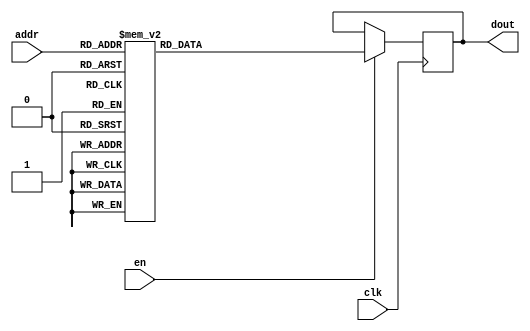
`timescale 1ns / 1ps
/*
Copyright
All right reserved.
Module Name: rom_syn
Author  : Zichuan Liu, Yixing Li and Wenye Liu.
Description:
A synthesized ROM: ROM_DEP x ROM_WID
*/
module EC_4_REF_SOFT_ROM_2(
// inputs
clk,
en,
addr,
// outputs
dout
);
localparam ROM_WID = 14;
localparam ROM_DEP = 128;
localparam ROM_ADDR = 7;
// input definition
input clk;
input en;
input [ROM_ADDR-1:0] addr;
// output definition
output [ROM_WID-1:0] dout;
reg [ROM_WID-1:0] data;
always @(posedge clk)
begin
if (en) begin
case(addr)
		7'd0: data <= 14'b01010101111011;
		7'd1: data <= 14'b01001010101001;
		7'd2: data <= 14'b01001011001110;
		7'd3: data <= 14'b01001011001111;
		7'd4: data <= 14'b01001001111000;
		7'd5: data <= 14'b01001011110101;
		7'd6: data <= 14'b01000110111001;
		7'd7: data <= 14'b01001001101011;
		7'd8: data <= 14'b01001011001111;
		7'd9: data <= 14'b01001001111010;
		7'd10: data <= 14'b01001011010110;
		7'd11: data <= 14'b01001011001101;
		7'd12: data <= 14'b01001010101000;
		7'd13: data <= 14'b01001001110100;
		7'd14: data <= 14'b01001010110111;
		7'd15: data <= 14'b01111111111111;
		7'd16: data <= 14'b01010011000101;
		7'd17: data <= 14'b01001000110111;
		7'd18: data <= 14'b01001011001011;
		7'd19: data <= 14'b01001001111010;
		7'd20: data <= 14'b01001100000000;
		7'd21: data <= 14'b01001011000010;
		7'd22: data <= 14'b01001010010010;
		7'd23: data <= 14'b01001000111000;
		7'd24: data <= 14'b01001010100100;
		7'd25: data <= 14'b01001001011000;
		7'd26: data <= 14'b01001010101111;
		7'd27: data <= 14'b01001011110110;
		7'd28: data <= 14'b01001001100110;
		7'd29: data <= 14'b01001100011010;
		7'd30: data <= 14'b01001010000001;
		7'd31: data <= 14'b01001100100111;
		7'd32: data <= 14'b01001011011010;
		7'd33: data <= 14'b01001010100101;
		7'd34: data <= 14'b01010001110010;
		7'd35: data <= 14'b01001011011111;
		7'd36: data <= 14'b01001011111001;
		7'd37: data <= 14'b01001011010110;
		7'd38: data <= 14'b01001011010110;
		7'd39: data <= 14'b01001100101011;
		7'd40: data <= 14'b01001100001101;
		7'd41: data <= 14'b01001110001100;
		7'd42: data <= 14'b01001011011010;
		7'd43: data <= 14'b01001011100011;
		7'd44: data <= 14'b01001100100011;
		7'd45: data <= 14'b01000111010111;
		7'd46: data <= 14'b01001011011100;
		7'd47: data <= 14'b01001000100001;
		7'd48: data <= 14'b01010101010010;
		7'd49: data <= 14'b01001011110101;
		7'd50: data <= 14'b01001101000001;
		7'd51: data <= 14'b01001100011100;
		7'd52: data <= 14'b01001000110100;
		7'd53: data <= 14'b01001011001101;
		7'd54: data <= 14'b01011110000010;
		7'd55: data <= 14'b01001011111001;
		7'd56: data <= 14'b01001000010010;
		7'd57: data <= 14'b01001001101101;
		7'd58: data <= 14'b01001010111010;
		7'd59: data <= 14'b01001001111110;
		7'd60: data <= 14'b01001010110010;
		7'd61: data <= 14'b01001100011111;
		7'd62: data <= 14'b01001010100011;
		7'd63: data <= 14'b01001000100111;
		7'd64: data <= 14'b01001010101100;
		7'd65: data <= 14'b01001011100011;
		7'd66: data <= 14'b01001101010000;
		7'd67: data <= 14'b01001100101111;
		7'd68: data <= 14'b01001001110101;
		7'd69: data <= 14'b01001101010111;
		7'd70: data <= 14'b01001001010001;
		7'd71: data <= 14'b01001100011110;
		7'd72: data <= 14'b01001010101101;
		7'd73: data <= 14'b01001010111010;
		7'd74: data <= 14'b01001001111100;
		7'd75: data <= 14'b01001010110100;
		7'd76: data <= 14'b01001001010001;
		7'd77: data <= 14'b01001010010100;
		7'd78: data <= 14'b01001001111010;
		7'd79: data <= 14'b01001011110000;
		7'd80: data <= 14'b01001010100000;
		7'd81: data <= 14'b01001010111011;
		7'd82: data <= 14'b01001001011010;
		7'd83: data <= 14'b01001011101101;
		7'd84: data <= 14'b01001011001011;
		7'd85: data <= 14'b01001010011110;
		7'd86: data <= 14'b01001000100101;
		7'd87: data <= 14'b01001011101001;
		7'd88: data <= 14'b01001100010000;
		7'd89: data <= 14'b01001011111100;
		7'd90: data <= 14'b01001010110110;
		7'd91: data <= 14'b01001011100010;
		7'd92: data <= 14'b01001010010000;
		7'd93: data <= 14'b01001011110101;
		7'd94: data <= 14'b01011000001010;
		7'd95: data <= 14'b01001011010101;
		7'd96: data <= 14'b01001010000111;
		7'd97: data <= 14'b01001100000000;
		7'd98: data <= 14'b01001010110101;
		7'd99: data <= 14'b01001010110110;
		7'd100: data <= 14'b01001100011101;
		7'd101: data <= 14'b01001001011011;
		7'd102: data <= 14'b01001010101101;
		7'd103: data <= 14'b01001011000000;
		7'd104: data <= 14'b01001001001010;
		7'd105: data <= 14'b01001010100111;
		7'd106: data <= 14'b01001100001100;
		7'd107: data <= 14'b01001001011100;
		7'd108: data <= 14'b01001011100110;
		7'd109: data <= 14'b01001100100110;
		7'd110: data <= 14'b01001000111100;
		7'd111: data <= 14'b01001010111111;
		7'd112: data <= 14'b01001010010111;
		7'd113: data <= 14'b01001001111110;
		7'd114: data <= 14'b01010000110100;
		7'd115: data <= 14'b01001010011101;
		7'd116: data <= 14'b01010100111001;
		7'd117: data <= 14'b01001010011111;
		7'd118: data <= 14'b01001100001101;
		7'd119: data <= 14'b01000111101110;
		7'd120: data <= 14'b01001001110111;
		7'd121: data <= 14'b01001010100110;
		7'd122: data <= 14'b01001011111100;
		7'd123: data <= 14'b01001011010000;
		7'd124: data <= 14'b01001100100100;
		7'd125: data <= 14'b01001010001100;
		7'd126: data <= 14'b01001010001010;
		7'd127: data <= 14'b01001010110001;
		endcase
		end
	end
	assign dout = data;
endmodule